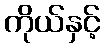
ကိုယ်နှင့်